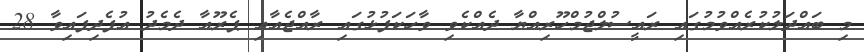
މި ބައްދަލުކުރެއްވުމުގައި ރައީސުލްޖުމްހޫރިއްޔާ ދެއްކެވި ވާހަކަފުޅުގައި ރާއްޖެއާއި ޕެރޫއާ ދެމެދު އުފެދިފައިވާ 28